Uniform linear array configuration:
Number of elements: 24
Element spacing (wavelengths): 1
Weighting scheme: exponential
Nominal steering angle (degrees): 15
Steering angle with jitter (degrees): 16.795
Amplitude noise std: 0.05
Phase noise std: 0.05

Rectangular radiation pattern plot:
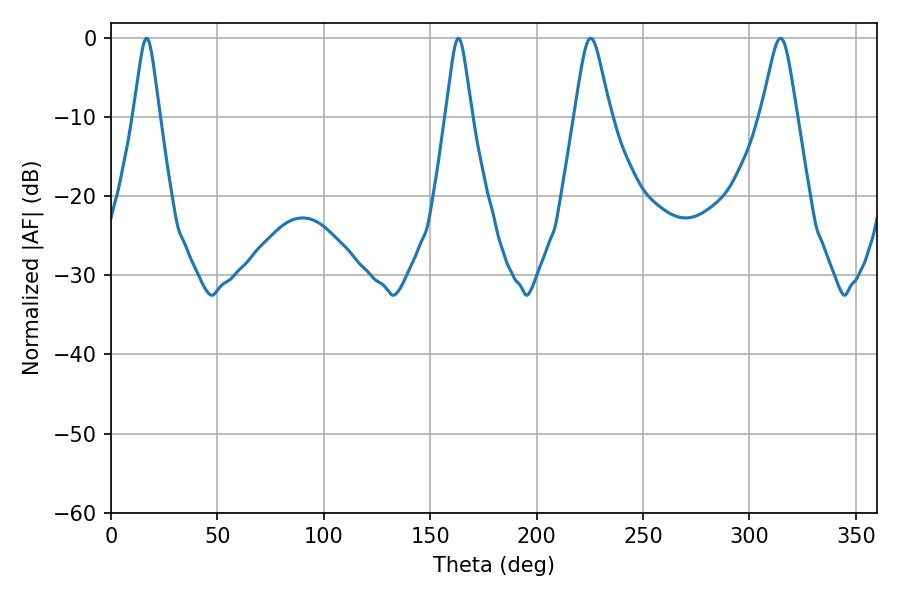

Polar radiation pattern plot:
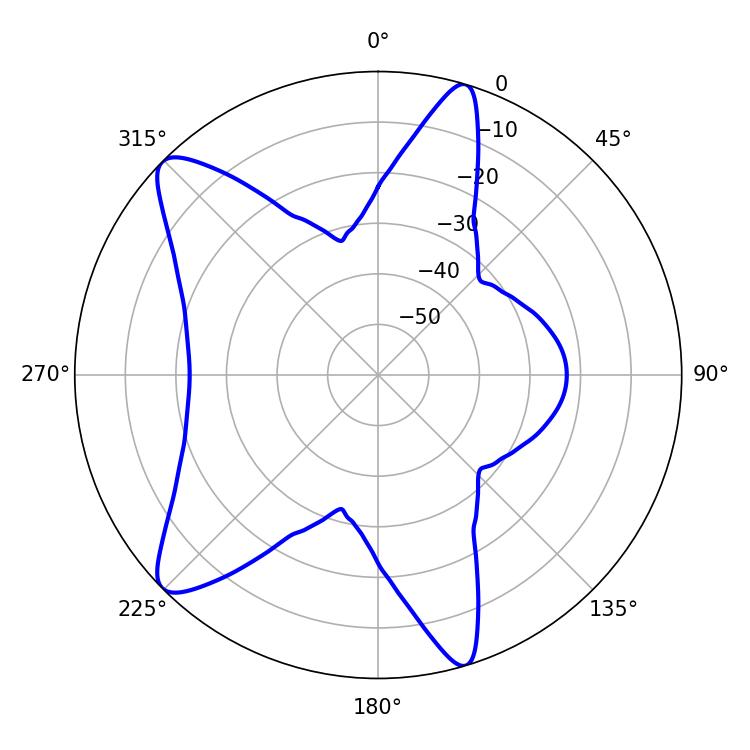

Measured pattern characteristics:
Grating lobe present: TRUE
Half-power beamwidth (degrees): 5.76
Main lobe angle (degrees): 163.26